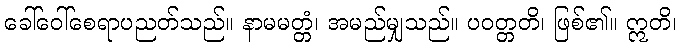
ခေါ်ဝေါ်စေရာပညတ်သည်။ နာမမတ္တံ၊ အမည်မျှသည်။ ပဝတ္တတိ၊ ဖြစ်၏။ ဣတိ၊